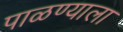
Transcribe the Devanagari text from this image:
पाळण्याला